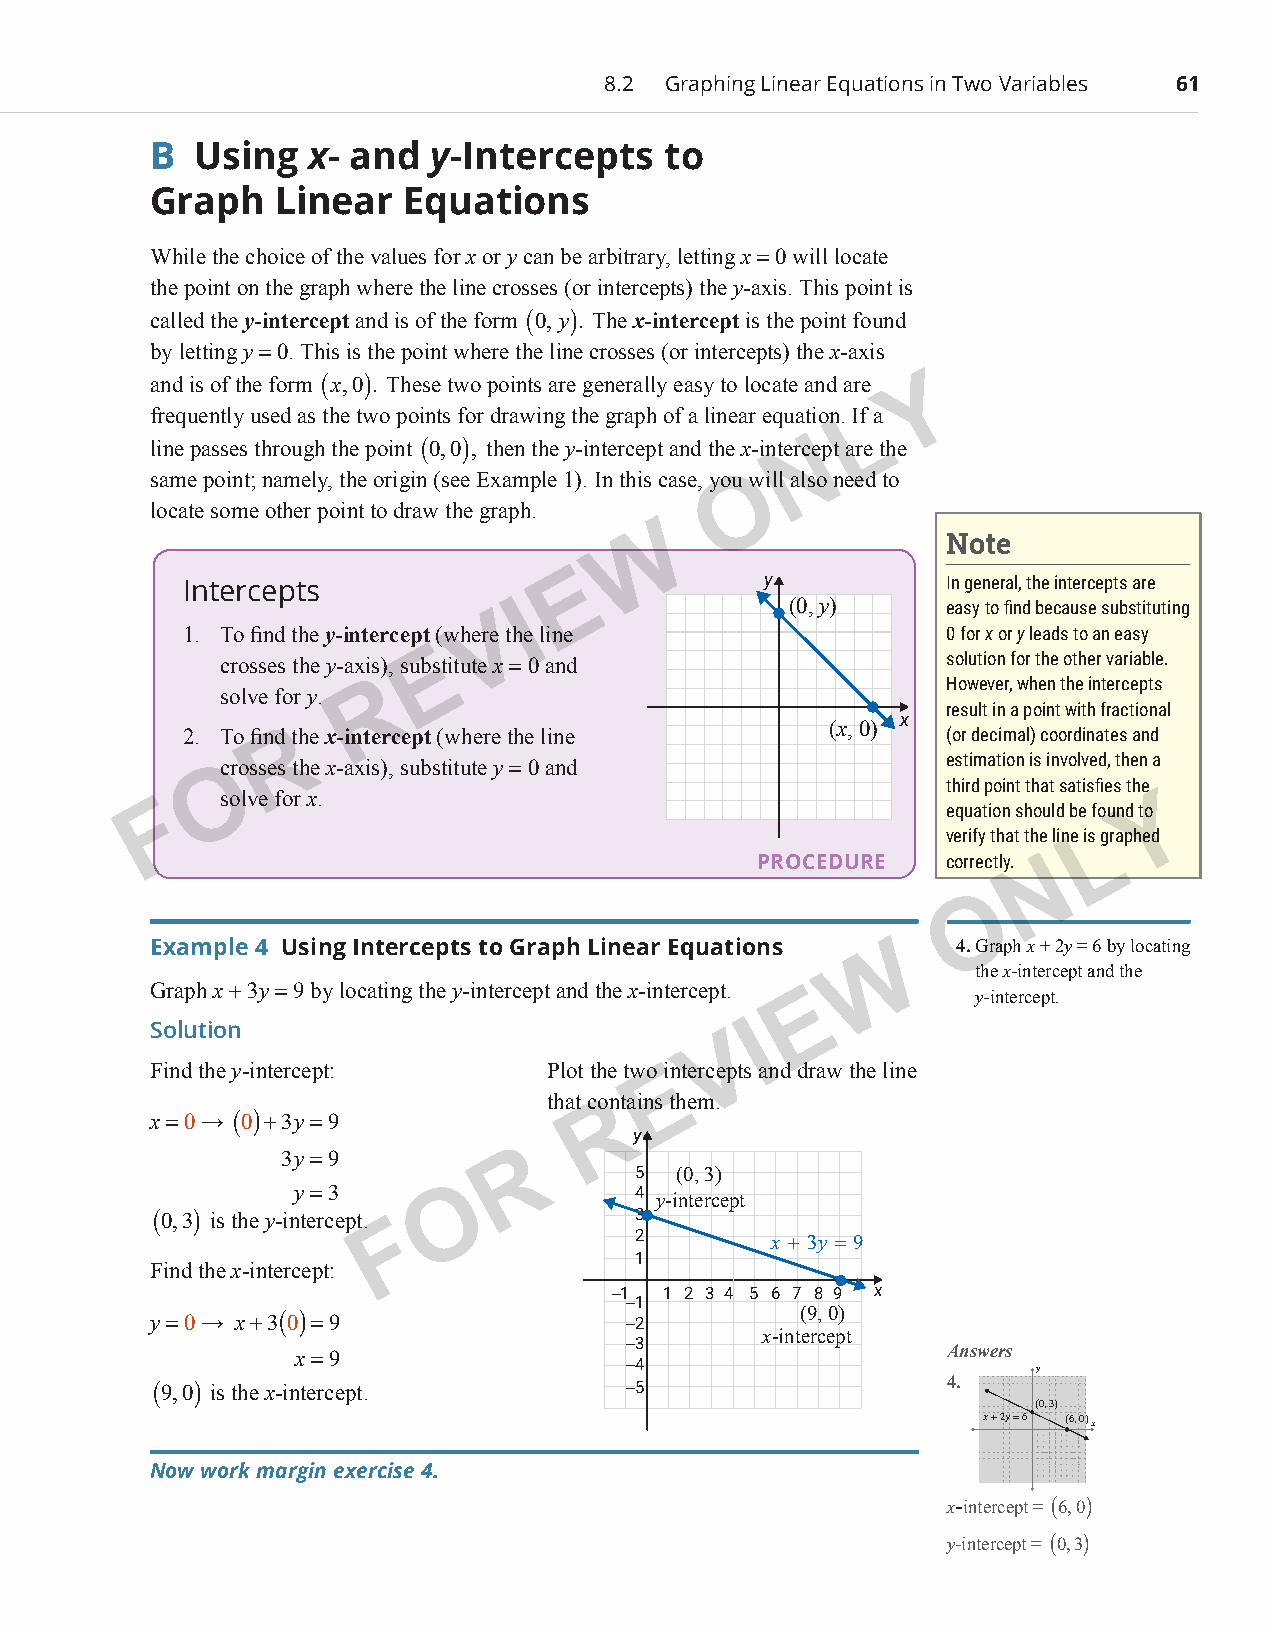
8.2 Graphing Linear Equations in Two Variables 61
 B  Using   x- and  y-Intercepts   to
 Graph   Linear   Equations
 While the choice of the values for x or y can be arbitrary, letting x = 0 will locate
 the point on the graph where the line crosses (or intercepts) the y-axis. This point is
 called the y-intercept and is of the form (0, y). The x-intercept is the point found
 by letting y = 0. This is the point where the line crosses (or intercepts) the x-axis
 and is of the form (x,0). These two points are generally easy to locate and are Y
 frequently used as the two points for drawing the graph of a linear equation. IfL a
 line passes through the point (0,0), then the y-intercept and the x-intercNept are the
 same point; namely, the origin (see Example 1). In this case, youO will also need to
 locate some other point to draw the graph.
 W
 Note
 Intercepts                E            y           In general, the intercepts are
 I                (0, y)     easy to find because substituting
 V
 1. To find the y-intercept (where the line         0 for x or y leads to an easy
 crosses the y-axis), subE stitute x = 0 and     solution for the other variable.
 R                                      However, when the intercepts
 solve for y.
 result in a point with fractional
 (x, 0)
 x
 2. To findR the x-intercept (where the line        (or decimal) coordinates and
 Ocrosses the x-axis), substitute y = 0 and       estimation is involved, then a
 third point that satisfies the
 F   solve for x.                                    equation should be found toY
 verify that the line is Lgraphed
 PROCEDURE    correctly. N
 O
 Example 4 Using Intercepts to Graph Linear Equations W 4. Graph x + 2y = 6 by locating
 the x-intercept and the
 Graph x + 3y = 9 by locating the y-intercept and the x-intercept.
 E           y-intercept.
 Solution                                I
 V
 Find the y-intercept:     Plot the two Eintercepts and draw the line
 that coRntains them.
 x = 0 → (0)+3y=9
 y
 3y=9           R
 5  (0, 3)
 y=3       O           4
 y-intercept
 (0,3) is the y-intercept.       3
 F
 2        x + 3y = 9
 1
 Find the x-intercept:
 −1 1 2 3 4 5 6 7 8 9 x
 −1
 y = 0 → x+3(0)=9                −2         (9, 0)
 x-intercept
 −3
 x=9                                        Answers
 −4
 y
 (9,0) is the x-intercept.       −5                   4.
 (0, 3)
 x + 2y = 6 (6, 0)x
 Now work margin exercise 4.
 x-intercept = (6,0)
 y-intercept = (0,3)
 PCM_Marketing_Booklet.indb 61                                            10/11/2017 10:01:40 AM